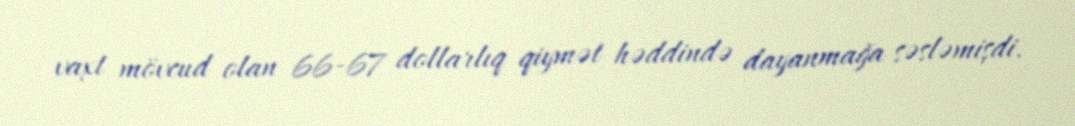
vaxt mövcud olan 66-67 dollarlıq qiymət həddində dayanmağa səsləmişdi.